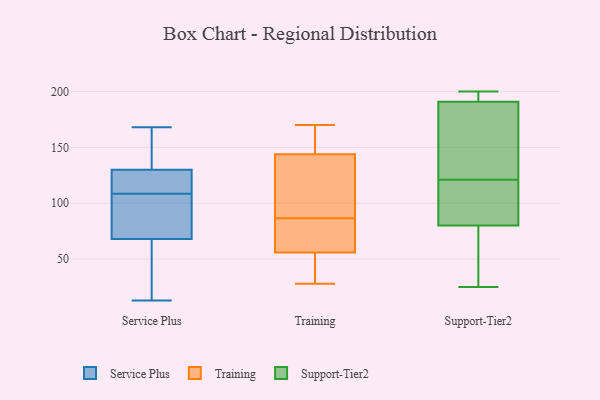
{"axis": {"x": "Market Share (%)", "y": "Value"}, "legend": ["Service Plus", "Support-Tier2", "Training"], "data": [{"x": "", "y": 77, "type": "Service Plus"}, {"x": "", "y": 136, "type": "Service Plus"}, {"x": "", "y": 168, "type": "Service Plus"}, {"x": "", "y": 168, "type": "Service Plus"}, {"x": "", "y": 72, "type": "Service Plus"}, {"x": "", "y": 116, "type": "Service Plus"}, {"x": "", "y": 125, "type": "Service Plus"}, {"x": "", "y": 13, "type": "Service Plus"}, {"x": "", "y": 68, "type": "Service Plus"}, {"x": "", "y": 130, "type": "Service Plus"}, {"x": "", "y": 119, "type": "Service Plus"}, {"x": "", "y": 101, "type": "Service Plus"}, {"x": "", "y": 144, "type": "Service Plus"}, {"x": "", "y": 52, "type": "Service Plus"}, {"x": "", "y": 121, "type": "Service Plus"}, {"x": "", "y": 33, "type": "Service Plus"}, {"x": "", "y": 28, "type": "Service Plus"}, {"x": "", "y": 85, "type": "Service Plus"}, {"x": "", "y": 170, "type": "Training"}, {"x": "", "y": 77, "type": "Training"}, {"x": "", "y": 152, "type": "Training"}, {"x": "", "y": 39, "type": "Training"}, {"x": "", "y": 56, "type": "Training"}, {"x": "", "y": 121, "type": "Training"}, {"x": "", "y": 144, "type": "Training"}, {"x": "", "y": 28, "type": "Training"}, {"x": "", "y": 81, "type": "Training"}, {"x": "", "y": 92, "type": "Training"}, {"x": "", "y": 122, "type": "Support-Tier2"}, {"x": "", "y": 88, "type": "Support-Tier2"}, {"x": "", "y": 106, "type": "Support-Tier2"}, {"x": "", "y": 80, "type": "Support-Tier2"}, {"x": "", "y": 96, "type": "Support-Tier2"}, {"x": "", "y": 80, "type": "Support-Tier2"}, {"x": "", "y": 194, "type": "Support-Tier2"}, {"x": "", "y": 191, "type": "Support-Tier2"}, {"x": "", "y": 164, "type": "Support-Tier2"}, {"x": "", "y": 25, "type": "Support-Tier2"}, {"x": "", "y": 200, "type": "Support-Tier2"}, {"x": "", "y": 43, "type": "Support-Tier2"}, {"x": "", "y": 147, "type": "Support-Tier2"}, {"x": "", "y": 200, "type": "Support-Tier2"}, {"x": "", "y": 194, "type": "Support-Tier2"}, {"x": "", "y": 120, "type": "Support-Tier2"}, {"x": "", "y": 181, "type": "Support-Tier2"}, {"x": "", "y": 43, "type": "Support-Tier2"}]}